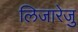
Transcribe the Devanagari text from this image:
लिजारेजु